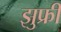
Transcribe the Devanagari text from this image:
झुफ्री